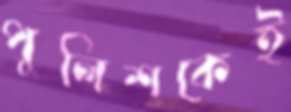
পুলিশকেই